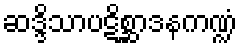
ဆဒ္ဒိသာပဋိစ္ဆာဒနကဏ္ဍံ